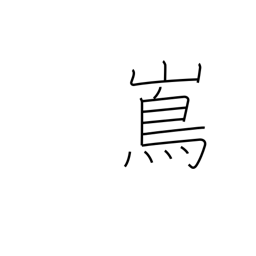
Meaning: island